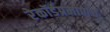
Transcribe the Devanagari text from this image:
रेकॉर्डप्रमाणेच